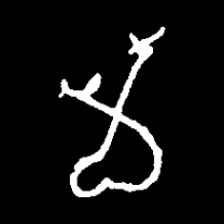
Pyu character \u2014 Myanmar letter: မ (romanized: ma)